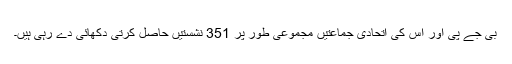
بی جے پی اور اس کی اتحادی جماعتیں مجموعی طور پر 351 نشستیں حاصل کرتی دکھائی دے رہی ہیں۔